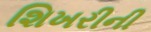
શિખરીની